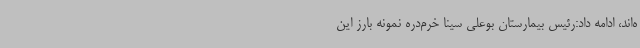
ه‌اند، ادامه داد:رئیس بیمارستان بوعلی سینا خرم‌دره نمونه بارز این